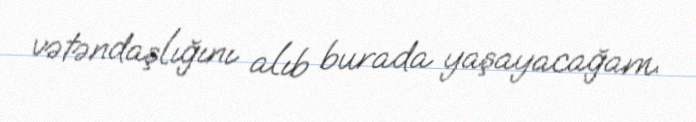
vətəndaşlığını alıb burada yaşayacağam.